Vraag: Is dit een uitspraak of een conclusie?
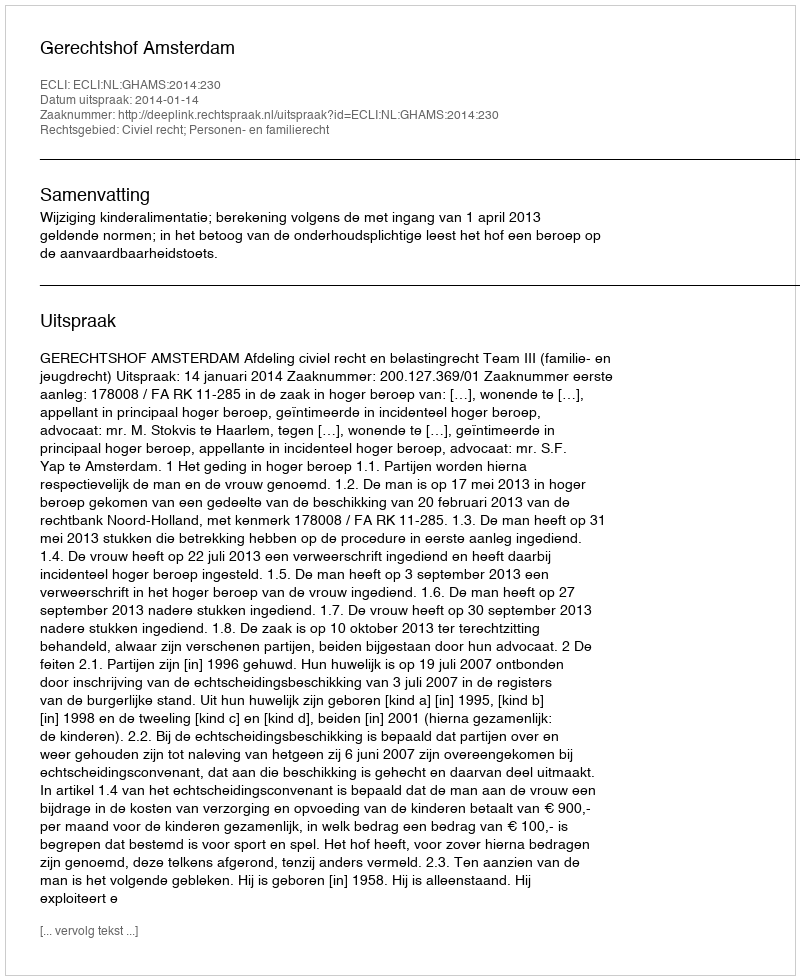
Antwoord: Uitspraak